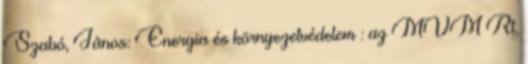
Szabó, János: Energia és környezetvédelem : az MVM Rt.